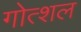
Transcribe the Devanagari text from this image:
गोत्शल